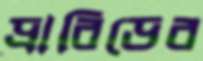
দ্রাবিড়ের